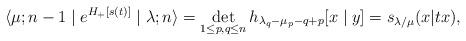
LaTeX: \begin{align*} \langle \mu ; n-1 \mid e^{H_+[s(t)]} \mid \lambda; n \rangle = \det_{1 \leq p,q \leq n} h_{\lambda_q-\mu_p-q+p}[x \mid y] = s_{\lambda / \mu}(x | tx), \end{align*}